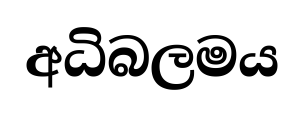
අධිබලමය